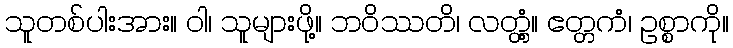
သူတစ်ပါးအား။ ဝါ၊ သူများဖို့။ ဘဝိဿတိ၊ လတ္တံ့။ ဧတ္တကံ၊ ဥစ္စာကို။